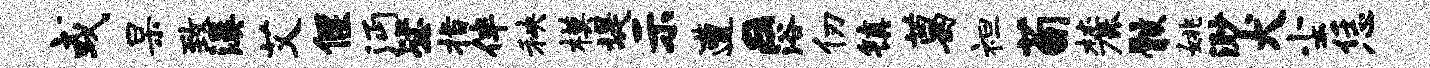
或杲致溪艾偃沔毖指伴秧模堤示遭a浴仞镇葛袒荀麓骸姚渺犬尘恁